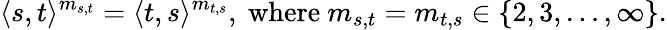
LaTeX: \langle s,t\rangle^{m_{s,t}}=\langle t,s\rangle^{m_{t,s}},{\mathrm{~where~}}m_{s,t}=m_{t,s}\in\{ 2,3,\ldots,\infty\} .